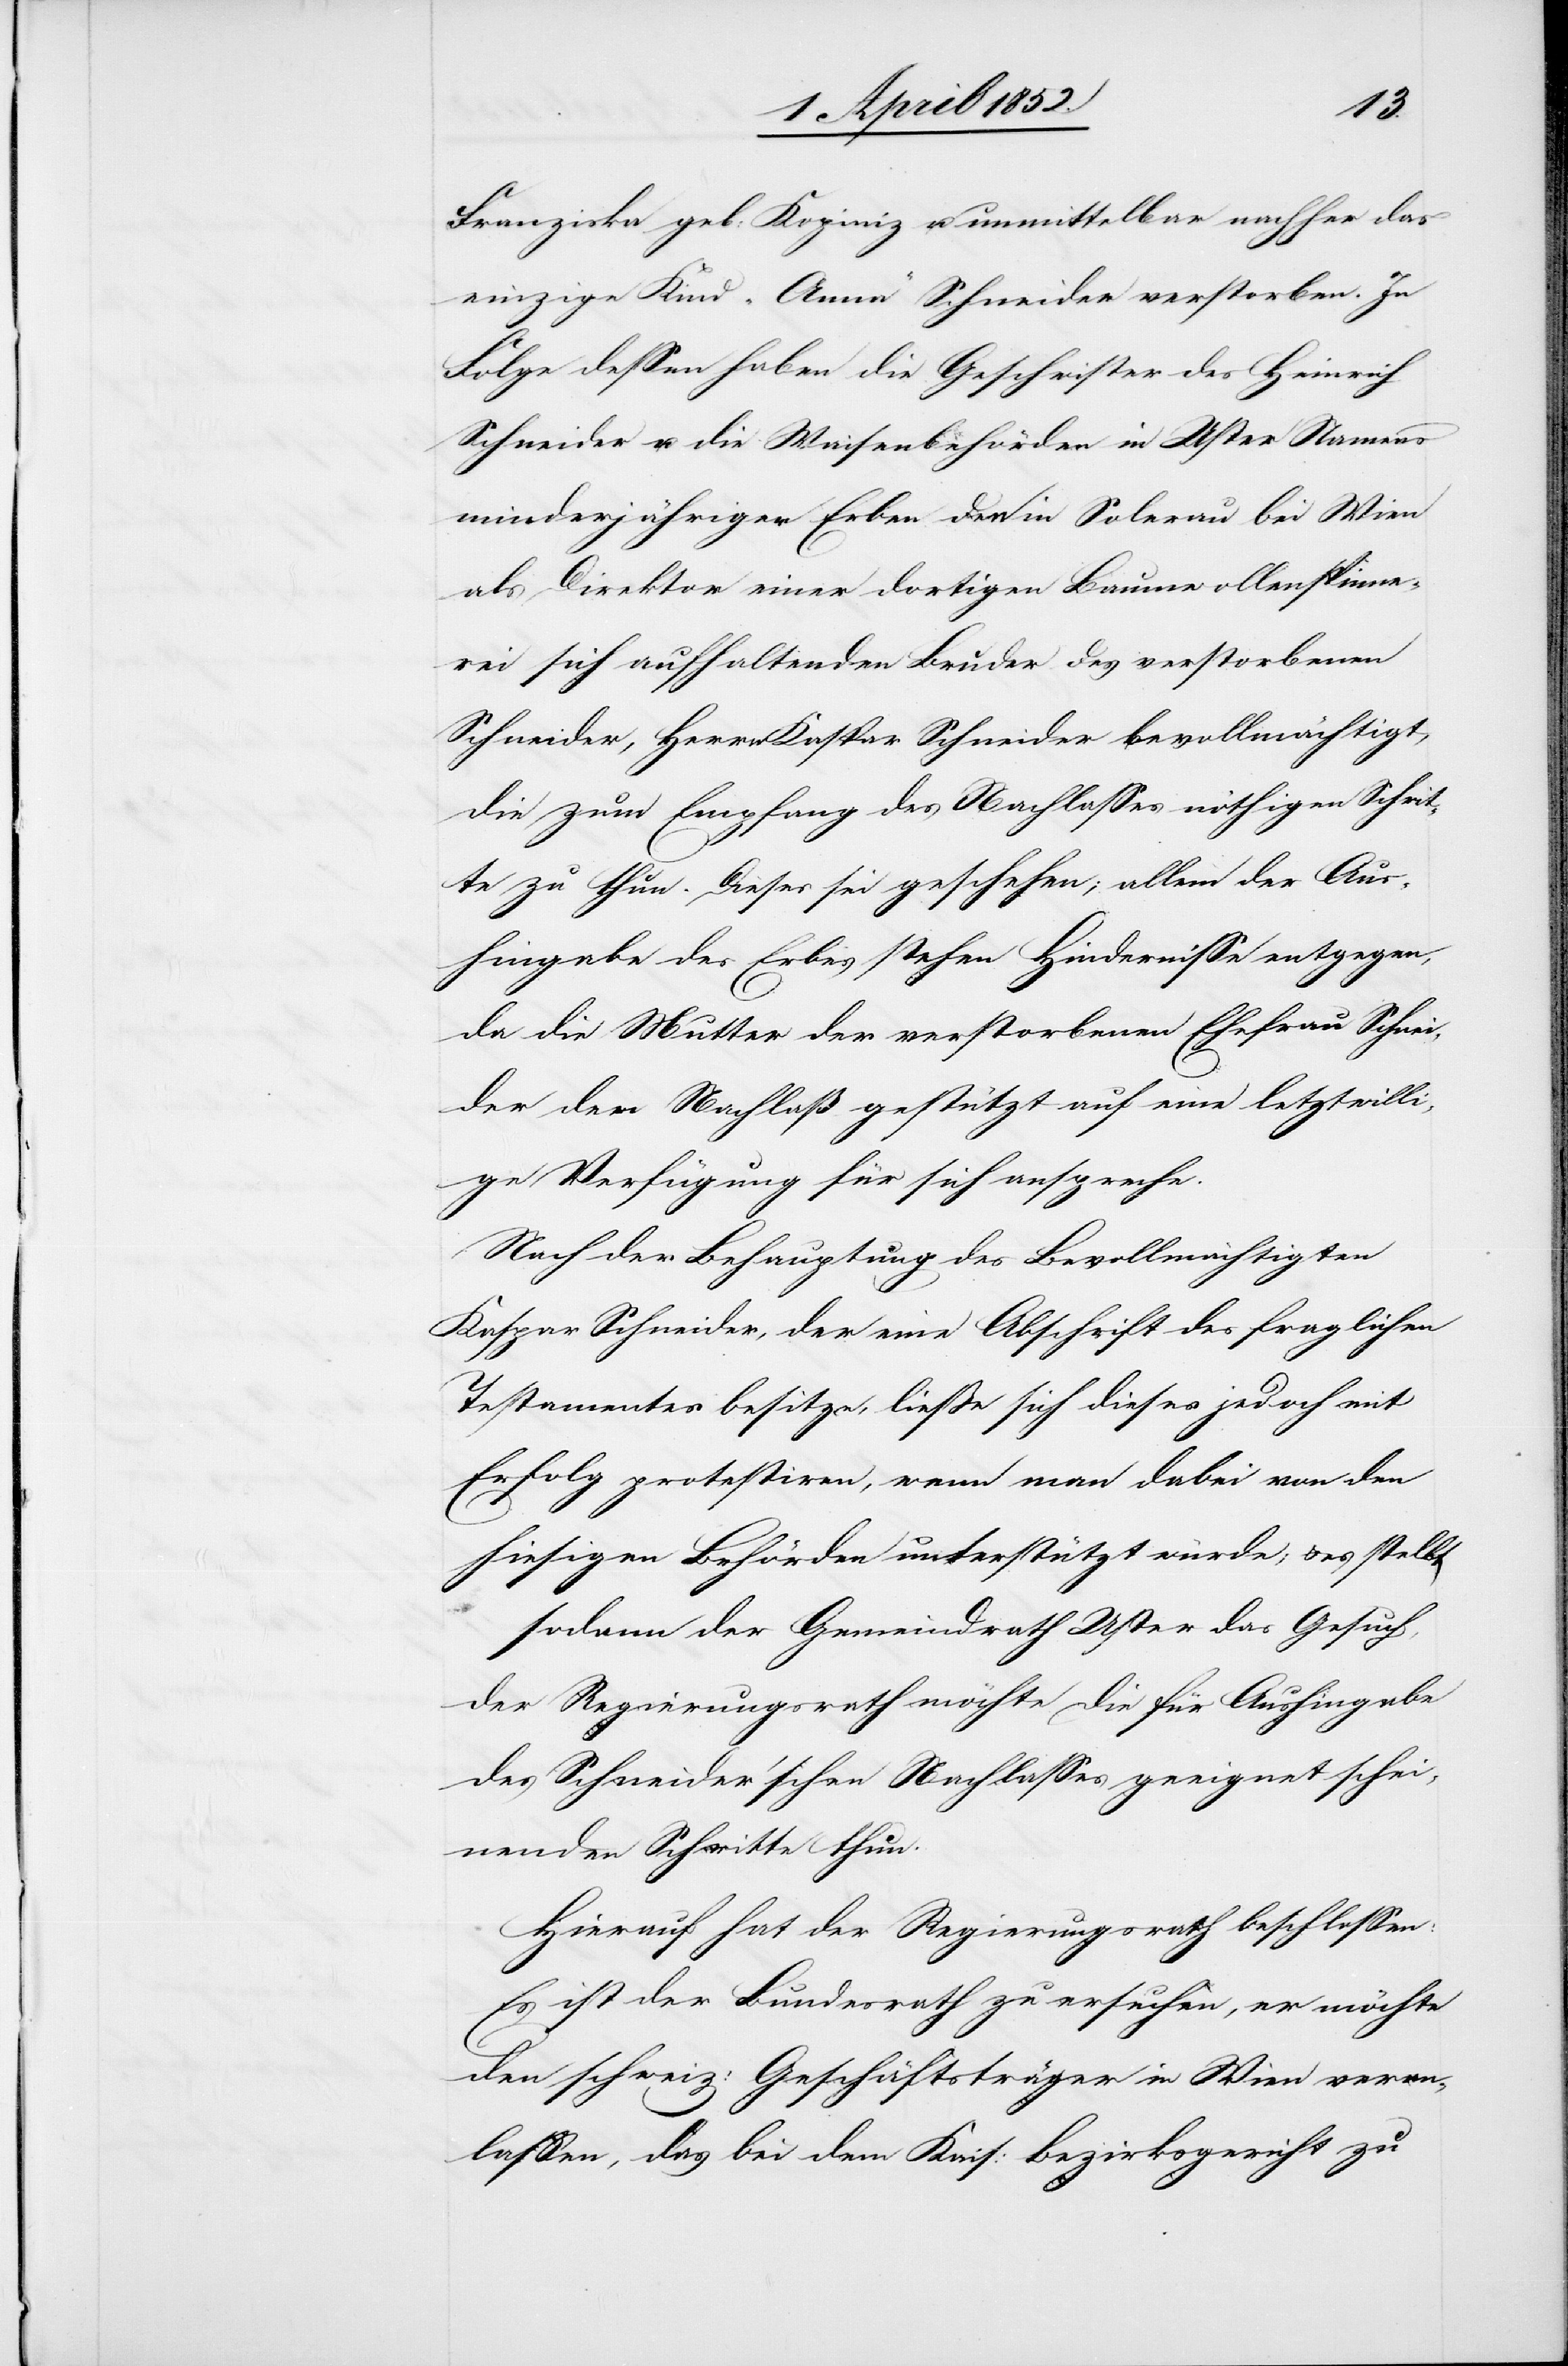
Franziska geb: Kopiniz u. unmittelbar nachher das
einzige Kind „Anna“ Schneider verstorben. In
Folge dessen haben die Geschwister des Heinrich
Schneider u. die Waisenbehörden in Uster Namens
minderjähriger Erben den in Solerau bei Wien
als Direktor einer dortigen Baumwollenspinne¬
rei sich aufhaltenden Bruder des verstorbenen
Schneider, Herrn Kaspar Schneider bevollmächtigt,
die zum Empfang des Nachlasses nöthigen Schrit¬
te zu thun. Dieses sei geschehen; allein der Aus¬
hingabe des Erbes stehen Hindernisse entgegen,
da die Mutter der verstorbenen Ehefrau Schnei¬
der den Nachlaß gestützt auf eine letztwilli¬
ge Verfügung für sich anspreche.
Nach der Behauptung des Bevollmächtigten
Kaspar Schneider, der eine Abschrift des fraglichen
Testamentes besitze, ließe sich dieses jedoch mit
Erfolg protestiren, wenn man dabei von den
hiesigen Behörden unterstützt würde; & es stellt
sodann der Gemeindrath Uster das Gesuch,
der Regierungsrath möchte die für Aushingabe
des Schneider’schen Nachlasses geeignet schei¬
nenden Schritte thun.
Hierauf hat der Regierungsrath beschlossen:
Es ist der Bundesrath zu ersuchen, er möchte
den schweiz: Geschäftsträger in Wien veran¬
lassen, das bei dem Kais: Bezirksgericht zu